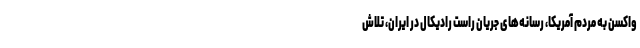
واکسن‌ به مردم آمریکا، رسانه‌های جریان راست رادیکال در ایران، تلاش